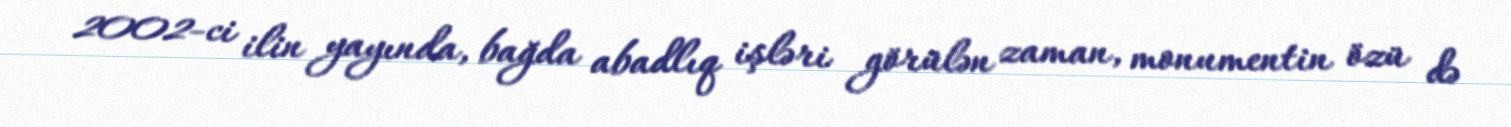
2002-ci ilin yayında, bağda abadlıq işləri görülən zaman, monumentin özü də